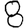
Digit: 8